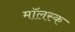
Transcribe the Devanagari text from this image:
मॉलस्क